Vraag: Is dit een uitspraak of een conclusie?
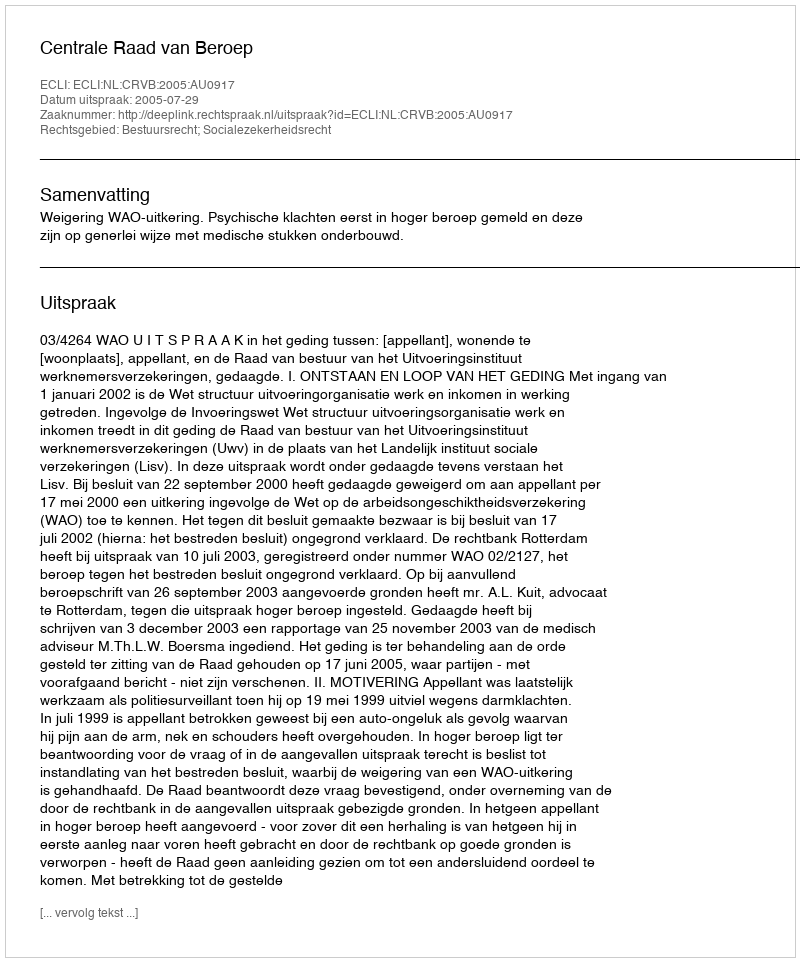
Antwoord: Uitspraak